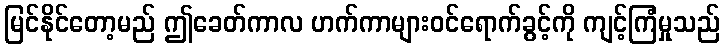
မြင်နိုင်တော့မည် ဤခေတ်ကာလ ဟက်ကာများဝင်ရောက်ခွင့်ကို ကျင့်ကြံမှုသည်